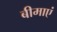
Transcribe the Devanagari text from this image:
बीमाएं